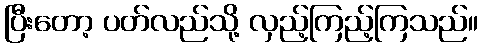
ပြီးတော့ ပတ်လည်သို့ လှည့်ကြည့်ကြသည်။